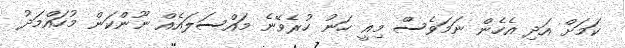
ކަމަށް އަދި އެހެން ނަމަވެސް މިއީ ހަނު ހުރެވޭނެ މައްސަލައެއް ނޫންކަން މުހައްމަދު